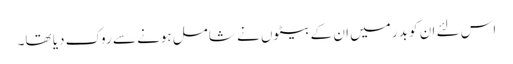
اس لئے ان کو بدر میں ان کے بیٹوں نے شامل ہونے سے روک دیا تھا۔